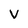
Character: V